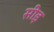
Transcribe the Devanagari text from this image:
सीड़